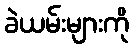
ခဲယမ်းများကို